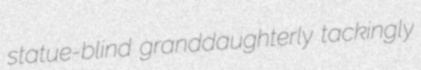
statue-blind granddaughterly tackingly